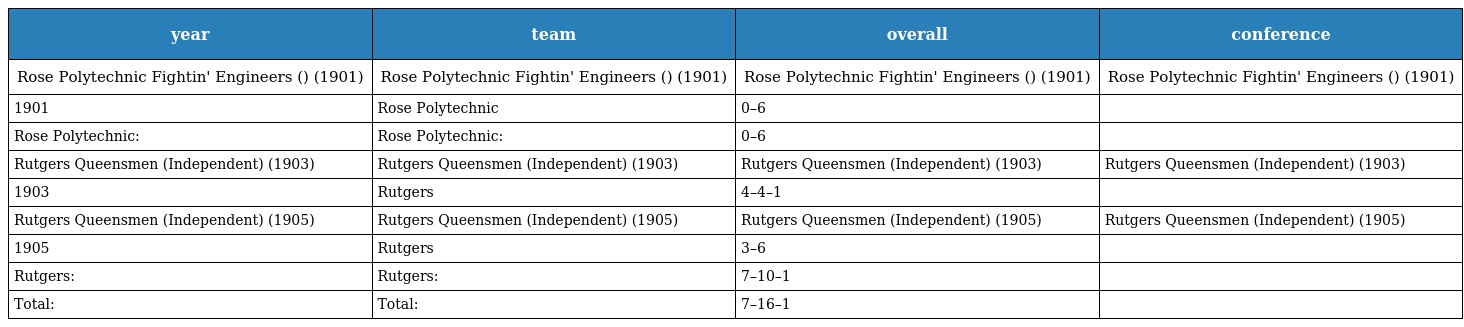
| year | team | overall | conference |
 | --- | --- | --- | --- |
 | Rose Polytechnic Fightin' Engineers () (1901) | Rose Polytechnic Fightin' Engineers () (1901) | Rose Polytechnic Fightin' Engineers () (1901) | Rose Polytechnic Fightin' Engineers () (1901) |
 | 1901 | Rose Polytechnic | 0–6 |  |
 | Rose Polytechnic: | Rose Polytechnic: | 0–6 |  |
 | Rutgers Queensmen (Independent) (1903) | Rutgers Queensmen (Independent) (1903) | Rutgers Queensmen (Independent) (1903) | Rutgers Queensmen (Independent) (1903) |
 | 1903 | Rutgers | 4–4–1 |  |
 | Rutgers Queensmen (Independent) (1905) | Rutgers Queensmen (Independent) (1905) | Rutgers Queensmen (Independent) (1905) | Rutgers Queensmen (Independent) (1905) |
 | 1905 | Rutgers | 3–6 |  |
 | Rutgers: | Rutgers: | 7–10–1 |  |
 | Total: | Total: | 7–16–1 |  |